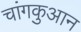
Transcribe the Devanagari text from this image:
चांगकुआन